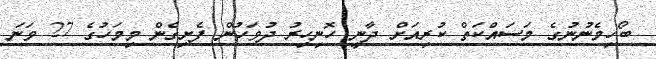
ބޯހިމެނުނުގެ މަސައްކަތް ކުރިއަށް ދާނީ ހޮނިހިރު ދުވަހުން ފެށިގެން މިމަހުގެ 27 ވަނަ